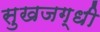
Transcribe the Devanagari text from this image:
सुखजग्धी